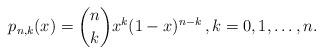
LaTeX: \begin{align*}p_{n,k}(x) = {n \choose k} x^k (1-x)^{n-k} \, , k = 0, 1, \ldots, n.\end{align*}